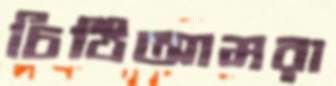
চিঠিআমরা